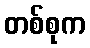
တစ်စုက